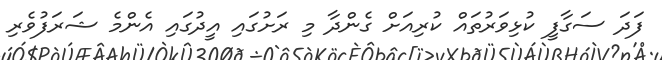
ފަދަ ސަގާފީ ކުޅިވަރުތައް ކުރިއަށް ގެންދާ މި ރަށުގައި އީދުގައި އެންމެ ޝަރަފުވެރި